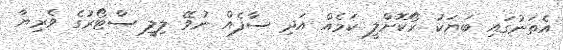
އެތަނުގައި ބަޔަކު ރޯކޮށްލީ ކަމެއް އަދި ސާފެއް ނުވޭ ލިލީ ސްޓޯރުގެ ވެރިޔާ